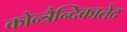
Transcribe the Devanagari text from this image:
कोन्त्रैन्दिकातेद